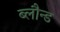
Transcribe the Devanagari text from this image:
ब्लौन्ड